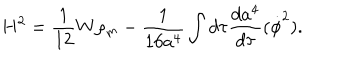
LaTeX: H ^ { 2 } = \frac { 1 } { 1 2 } W \rho _ { m } - \frac { 1 } { 1 6 a ^ { 4 } } \int d \tau \frac { d a ^ { 4 } } { d \tau } ( \dot { \phi } ^ { 2 } ) .